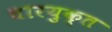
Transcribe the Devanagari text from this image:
धारयुक्त